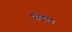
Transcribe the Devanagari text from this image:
पॅन्डल